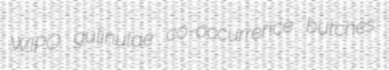
WIPO gulinulae co-occurrence butches